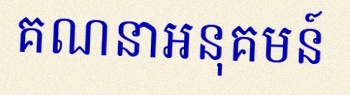
គណនាអនុគមន៍